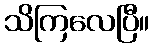
သိကြလေပြီ။